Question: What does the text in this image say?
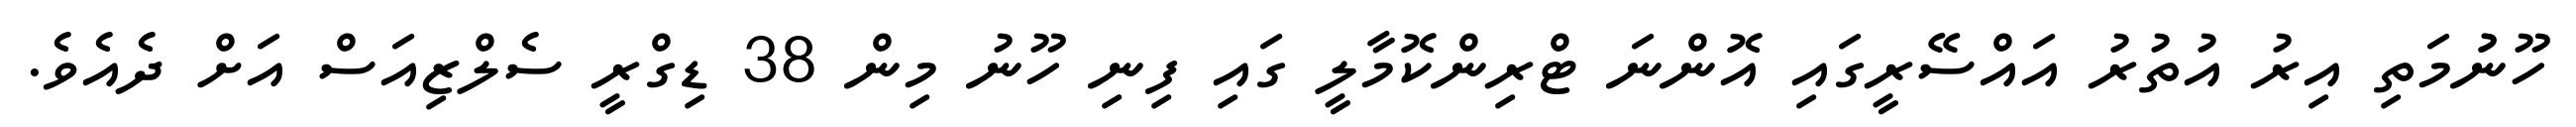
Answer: ހޫނުުމަތި އިރު އުތުރު އައްސޭރީގައި އޮންނަ ޓްރިންކޮމާލީ ގައި ފިނި ހޫނު މިން 38 ޑިގްރީ ސެލްޒިއަސް އަށް ދެއެވެ.